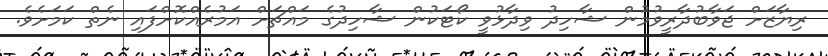
ރިޔާޒަށް ޖަވާބުދާރީވުމުން ޝާހިދު ވިދާޅުވީ ކޯޓަކުން ޝާހިދުގެ މައްޗަށް އަމުރެއްކޮށްފައި ނެތް ކަމަށެވެ.